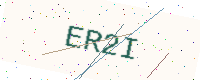
Text: ER2I